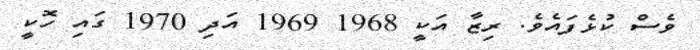
ވެސް ކުޅެފައެވެ. ރިޒާ އަކީ 1968 1969 އަދި 1970 ގައި ހޮކީ